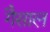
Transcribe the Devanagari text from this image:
गैसाल